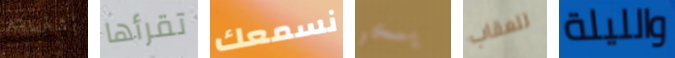
أشتريته تقرأها نسمعك يسخر للعقاب والليلة